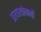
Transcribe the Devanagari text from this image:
प्रत्यायोजनों